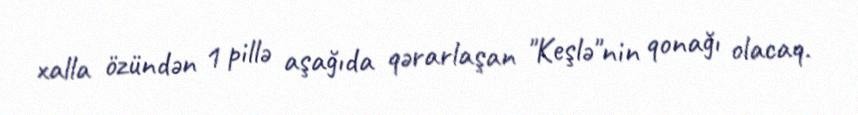
xalla özündən 1 pillə aşağıda qərarlaşan "Keşlə"nin qonağı olacaq.